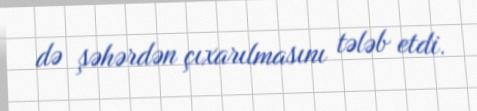
də şəhərdən çıxarılmasını tələb etdi.